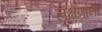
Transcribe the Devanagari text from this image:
लक्षणांना